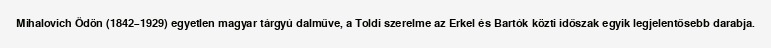
Mihalovich Ödön (1842–1929) egyetlen magyar tárgyú dalműve, a Toldi szerelme az Erkel és Bartók közti időszak egyik legjelentősebb darabja.